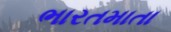
ભારતમાતા